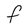
Character: F